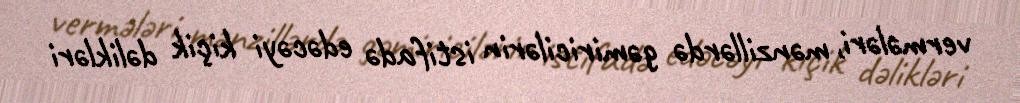
vermələri, mənzillərdə gəmiricilərin istifadə edəcəyi kiçik dəlikləri